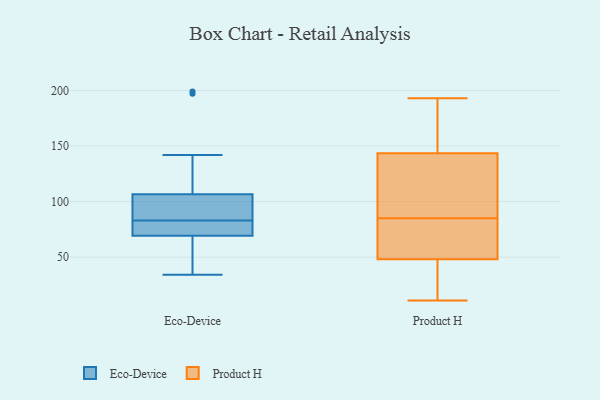
{"axis": {"x": "Shipments", "y": "Value"}, "legend": ["Eco-Device", "Product H"], "data": [{"x": "", "y": 129, "type": "Eco-Device"}, {"x": "", "y": 93, "type": "Eco-Device"}, {"x": "", "y": 34, "type": "Eco-Device"}, {"x": "", "y": 39, "type": "Eco-Device"}, {"x": "", "y": 75, "type": "Eco-Device"}, {"x": "", "y": 197, "type": "Eco-Device"}, {"x": "", "y": 83, "type": "Eco-Device"}, {"x": "", "y": 78, "type": "Eco-Device"}, {"x": "", "y": 87, "type": "Eco-Device"}, {"x": "", "y": 34, "type": "Eco-Device"}, {"x": "", "y": 99, "type": "Eco-Device"}, {"x": "", "y": 83, "type": "Eco-Device"}, {"x": "", "y": 75, "type": "Eco-Device"}, {"x": "", "y": 79, "type": "Eco-Device"}, {"x": "", "y": 52, "type": "Eco-Device"}, {"x": "", "y": 199, "type": "Eco-Device"}, {"x": "", "y": 142, "type": "Eco-Device"}, {"x": "", "y": 182, "type": "Product H"}, {"x": "", "y": 112, "type": "Product H"}, {"x": "", "y": 35, "type": "Product H"}, {"x": "", "y": 193, "type": "Product H"}, {"x": "", "y": 87, "type": "Product H"}, {"x": "", "y": 55, "type": "Product H"}, {"x": "", "y": 62, "type": "Product H"}, {"x": "", "y": 51, "type": "Product H"}, {"x": "", "y": 47, "type": "Product H"}, {"x": "", "y": 11, "type": "Product H"}, {"x": "", "y": 83, "type": "Product H"}, {"x": "", "y": 114, "type": "Product H"}, {"x": "", "y": 129, "type": "Product H"}, {"x": "", "y": 186, "type": "Product H"}, {"x": "", "y": 180, "type": "Product H"}, {"x": "", "y": 158, "type": "Product H"}, {"x": "", "y": 20, "type": "Product H"}, {"x": "", "y": 38, "type": "Product H"}, {"x": "", "y": 49, "type": "Product H"}, {"x": "", "y": 122, "type": "Product H"}]}